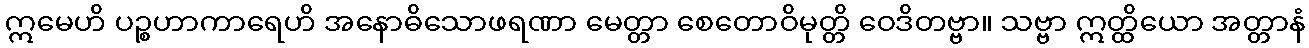
ဣမေဟိ ပဉ္စဟာကာရေဟိ အနောဓိသောဖရဏာ မေတ္တာ စေတောဝိမုတ္တိ ဝေဒိတဗ္ဗာ။ သဗ္ဗာ ဣတ္ထိယော အတ္တာနံ